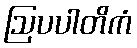
ဩပပါတိကံ